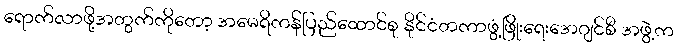
ရောက်လာဖို့အတွက်ကိုတော့ အမေရိကန်ပြည်ထောင်စု နိုင်ငံတကာဖွံ့ဖြိုးရေးအေဂျင်စီ အဖွဲ့က